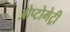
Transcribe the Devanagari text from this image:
ओप्टोमेट्री